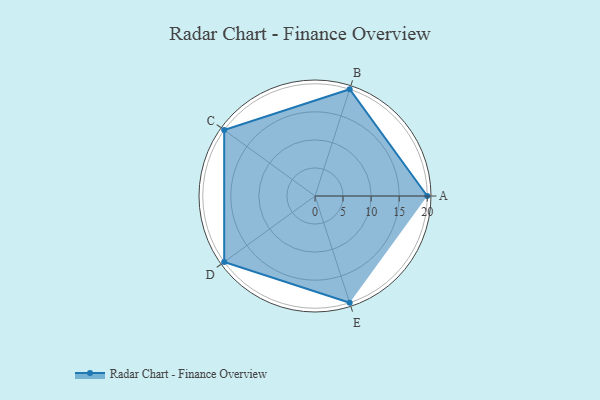
{"axis": {"x": "Skill", "y": "Score"}, "legend": ["Profile"], "data": [{"x": "A", "y": 20, "type": "Profile"}, {"x": "B", "y": 20, "type": "Profile"}, {"x": "C", "y": 20, "type": "Profile"}, {"x": "D", "y": 20, "type": "Profile"}, {"x": "E", "y": 20, "type": "Profile"}]}